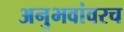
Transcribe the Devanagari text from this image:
अनुभवांवरच